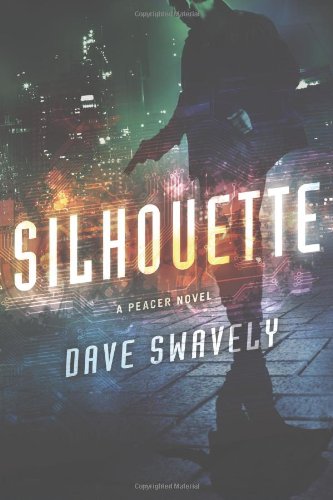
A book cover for Silhouette: A Peacer Novel (The Peacer Series); Dave Swavely; Science Fiction & Fantasy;